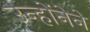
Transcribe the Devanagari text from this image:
उन्होंनेने